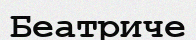
Беатриче